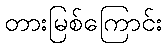
တားမြစ်ကြောင်း